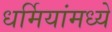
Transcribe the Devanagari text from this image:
धर्मियांमध्ये